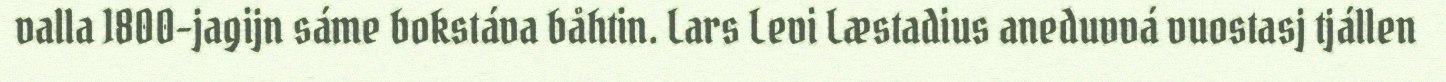
valla 1800-jagijn sáme bokstáva båhtin. Lars Levi Læstadius aneduvvá vuostasj tjállen